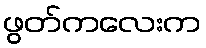
ဖွတ်ကလေးက